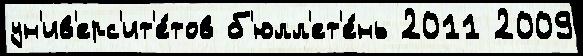
ун'ив'ерс'ит'е́тов б'юлл'ет'е́нь 2011 2009